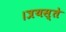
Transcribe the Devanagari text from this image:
।त्रयस्ते